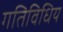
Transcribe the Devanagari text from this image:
गतिविधिय